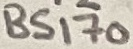
Text: BS170